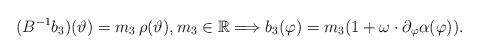
LaTeX: \begin{align*}(B^{-1}b_3)(\vartheta)=m_3\,\rho(\vartheta), m_3\in\mathbb{R} \Longrightarrow b_3(\varphi)=m_3 (1+\omega\cdot \partial_{\varphi}\alpha(\varphi)).\end{align*}